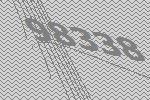
98338